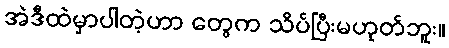
အဲဒီထဲမှာပါတဲ့ဟာ တွေက သိပ်ပြီးမဟုတ်ဘူး။